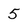
Character: 5